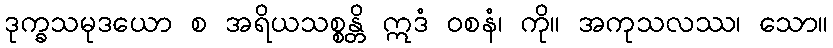
ဒုက္ခသမုဒယော စ အရိယသစ္စန္တိ ဣဒံ ဝစနံ၊ ကို။ အကုသလဿ၊ သော။